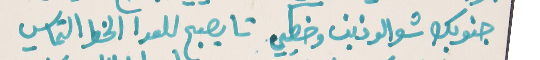
جنوبك شو الو ذنب وخطيي   تا يصبح للعدا الخط التماسي